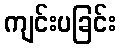
ကျင်းပခြင်း